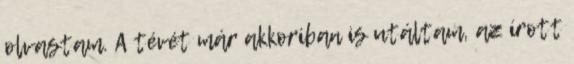
olvastam. A tévét már akkoriban is utáltam, az írott